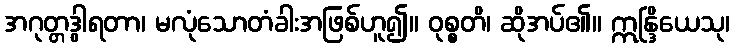
အဂုတ္တဒွါရတာ၊ မလုံသောတံခါးအဖြစ်ဟူ၍။ ဝုစ္စတိ၊ ဆိုအပ်၏။ ဣန္ဒြိယေသု၊